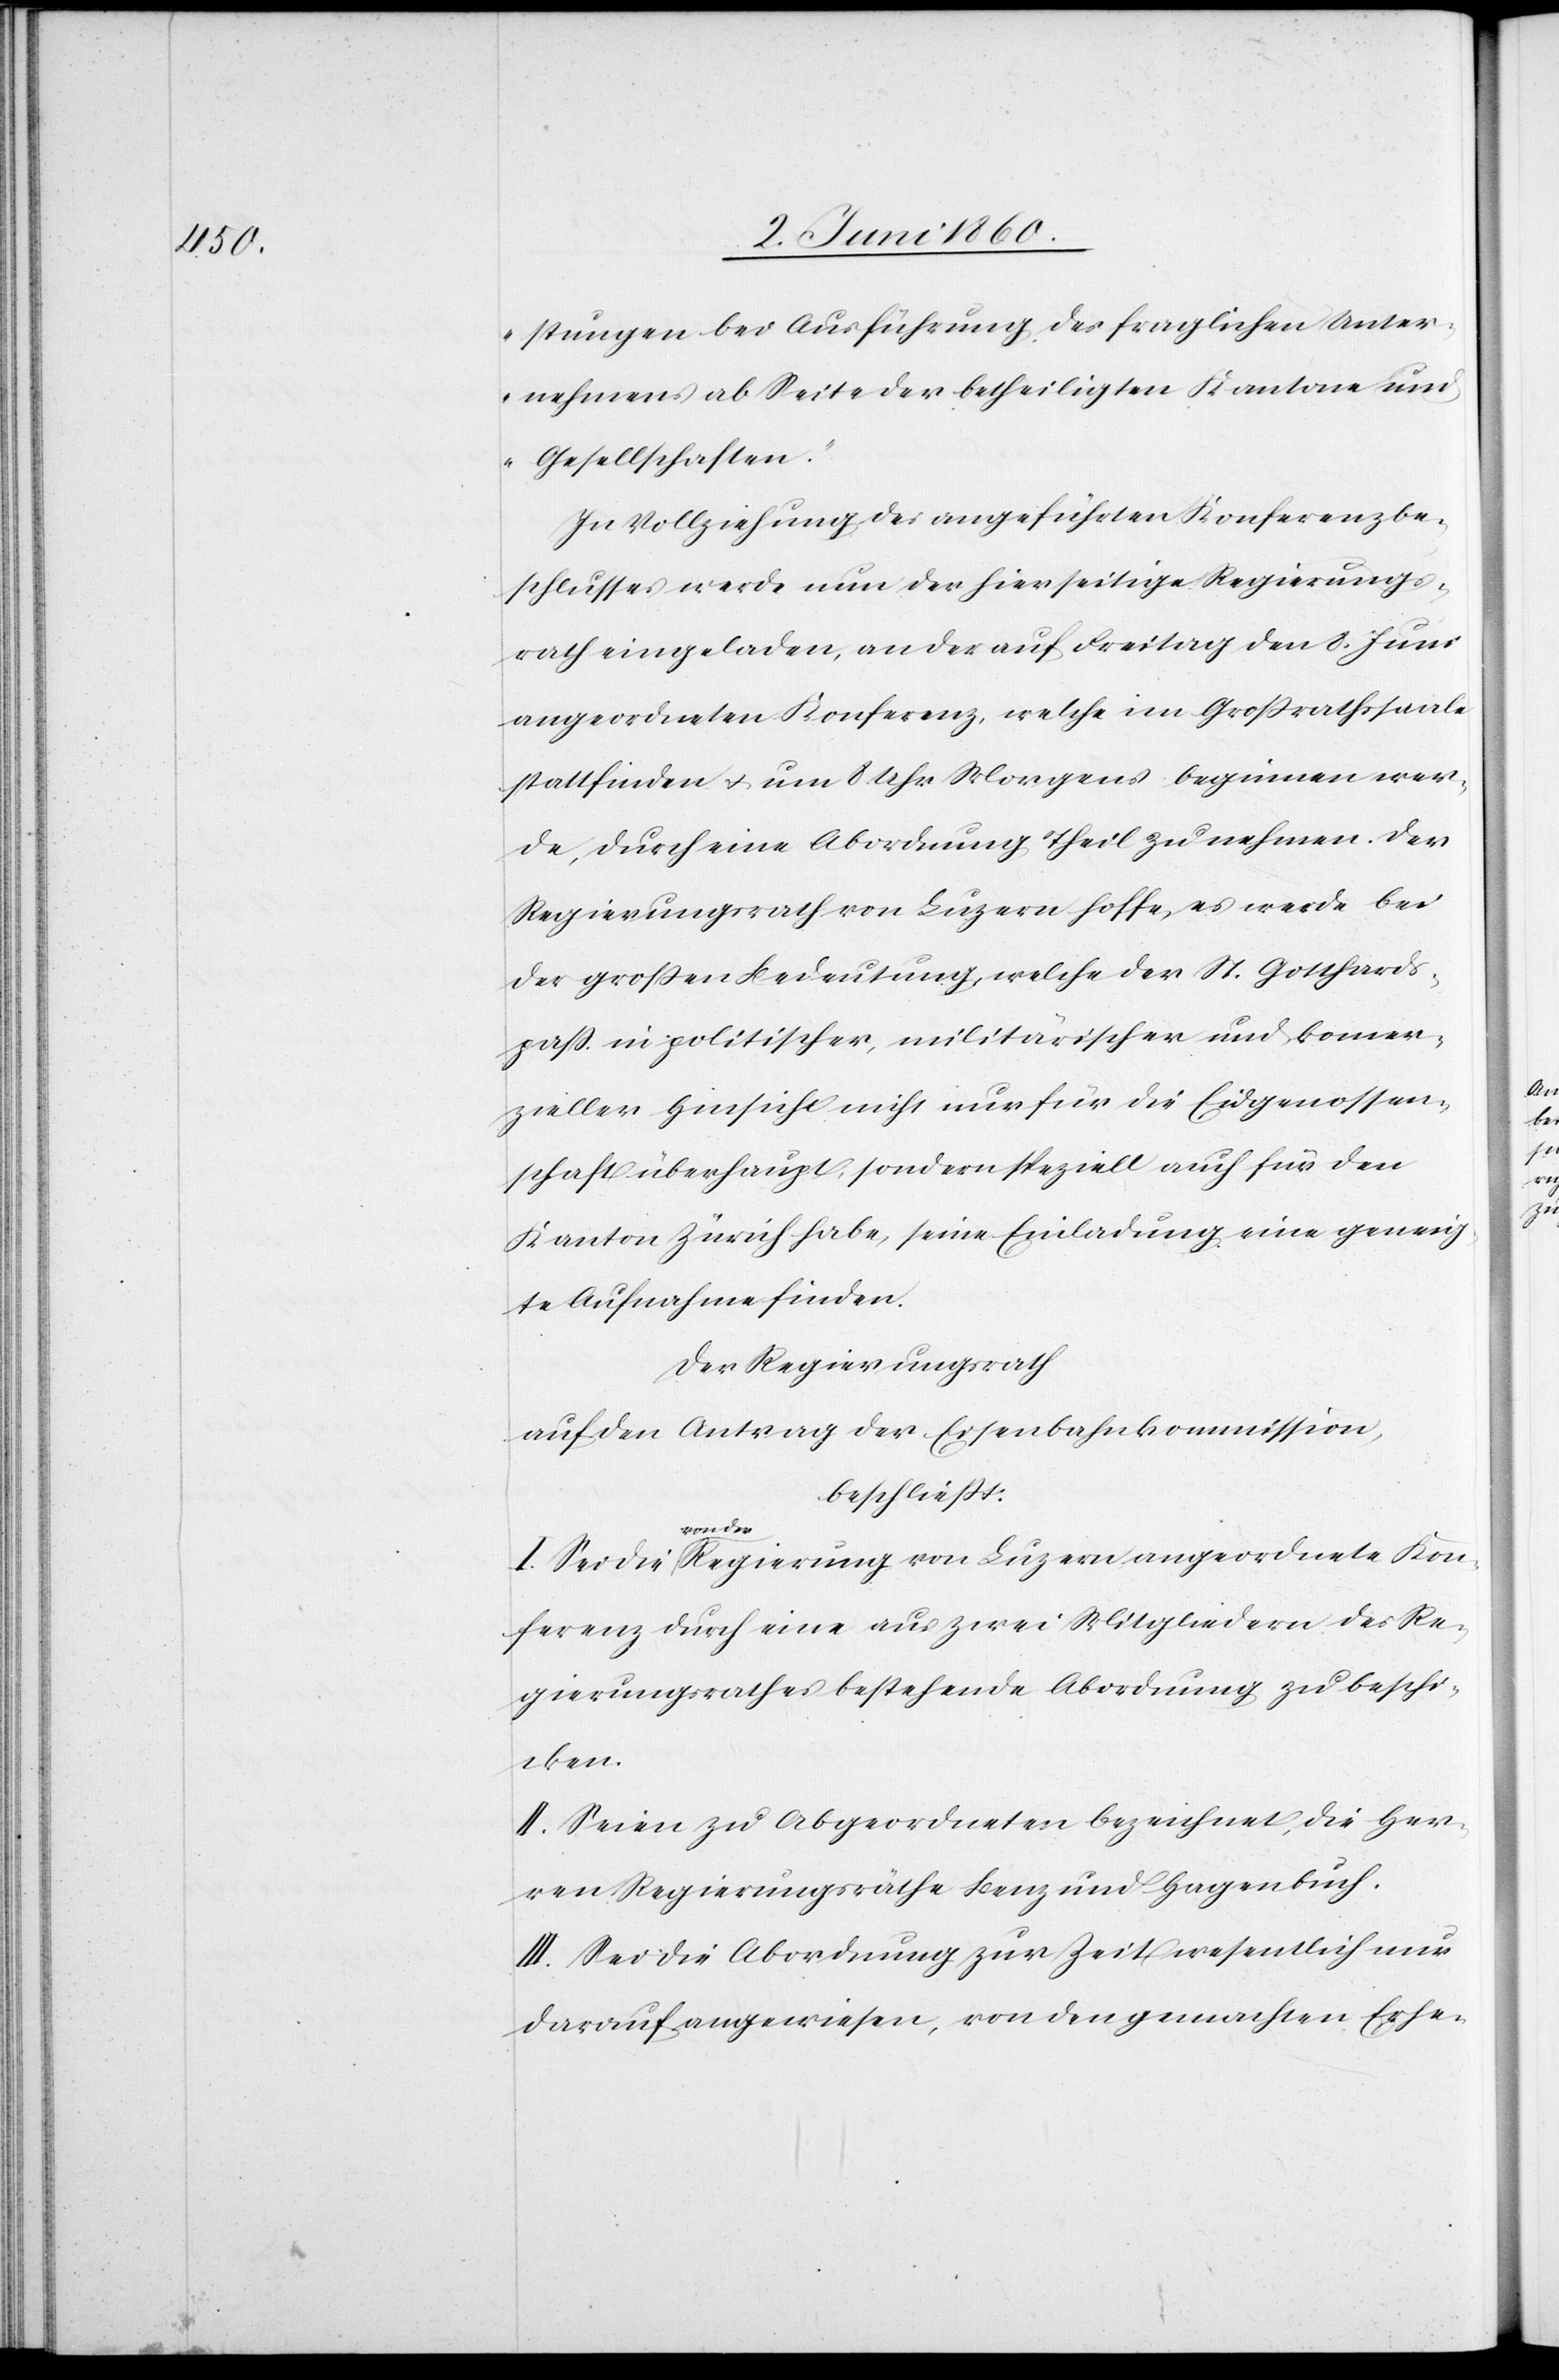
stungen bei Ausführung des fraglichen Unter¬
nehmens ab Seite der betheiligten Kantone und
Gesellschaften.“
In Vollziehung des angeführten Konferenzbe¬
schlusses werde nun der hierseitige Regierungs¬
rath eingeladen, an der auf Freitag den 8. Juni
angeordneten Konferenz, welche im Grossrathssaale
stattfinden u. um 8 Uhr Morgens beginnen wer¬
de, durch eine Abordnung Theil zu nehmen. Der
Regierungsrath von Luzern hoffe, es werde bei
der grossen Bedeutung, welche der St. Gotthards¬
pass in politischer, militärsicher und komer¬
zieller Hinsicht nicht nur für die Eidgenossen¬
schaft überhaupt, sondern speziell auch für den
Kanton Zürich habe, seine Einladung eine geeigne¬
te Aufnahme finden.
Der Regierungsrath
auf den Antrag der Eisenbahnkommission,
beschliesst:
von der
Konferenz durch einen aus zwei Mitgliedern des Re¬
gierungsrathes bestehende Abordnung zu beschi¬
cken.
II. Seien zu Abgeordneten bezeichnet, die Her¬
ren Regierungsräthe Benz und Hagenbuch.
III. Sei die Abordnung zur Zeit wesentlich nur
darauf angewiesen, von den gemachten Erhe-